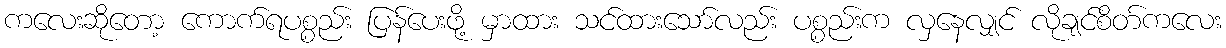
ကလေးဆိုတော့ ကောက်ရပစ္စည်း ပြန်ပေးဖို့ မှာထား သင်ထားသော်လည်း ပစ္စည်းက လှနေလျှင် လိုချင်စိတ်ကလေး